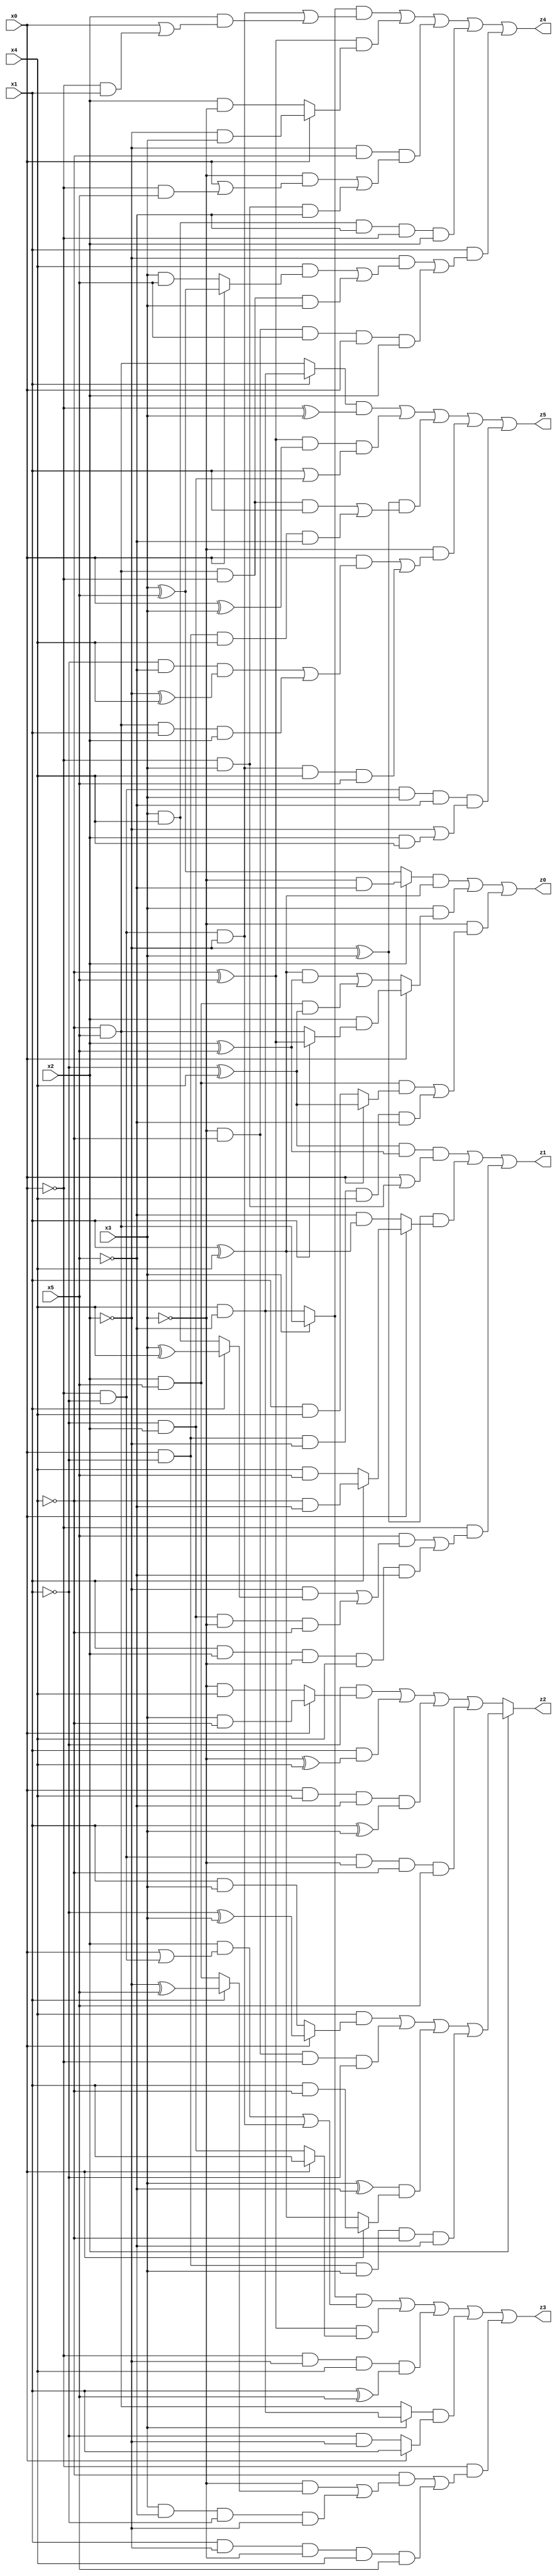
// Benchmark "X_29" written by ABC on Wed Jun 07 23:37:31 2023

module X_29 ( 
    x0, x1, x2, x3, x4, x5,
    z0, z1, z2, z3, z4, z5  );
  input  x0, x1, x2, x3, x4, x5;
  output z0, z1, z2, z3, z4, z5;
  assign z0 = ((x2 ? (~x3 & ~x5) : (x3 ^ x5)) & (x1 ^ x4)) | (x3 & (x0 ? (x2 & (x1 ? (~x4 ^ x5) : (~x4 & x5))) : (((x1 ^ x4) & (x2 ^ x5)) | (x2 & x5 & (~x1 ^ x4))))) | (~x3 & ((x2 & x5 & (x0 ? (~x1 ^ x4) : (x1 & x4))) | (x0 & ~x1 & ~x2 & x4 & ~x5)));
  assign z1 = ((~x1 ^ x4) & (x2 ^ x5) & (x0 | (~x0 & x3))) | ((~x2 ^ x3) & (x0 ? (x1 ? (~x4 & ~x5) : (x4 & x5)) : (~x5 & (x1 ^ x4)))) | (~x0 & ((x5 & ((~x2 & (x1 ? (x3 ^ x4) : (x3 & x4))) | (~x1 & x2 & ~x3 & ~x4))) | (x1 & x2 & ~x3 & x4 & ~x5)));
  assign z2 = x2 ? ((x4 & (x0 ? (~x1 ^ x3) : (x1 & x3))) | (~x3 & ~x4 & ~x0 & ~x1) | ((x3 ^ ~x5) & (x0 ? (x1 & ~x4) : (x1 ^ x4))) | (x0 & ~x1 & x3 & ~x4 & ~x5)) : ((~x1 & (x0 ? (x3 & ~x4) : (~x3 & x4))) | (x1 & (~x3 ^ x4)) | (x0 & x4 & ~x5 & (x1 ^ x3)) | (~x0 & ~x1 & ~x3 & ~x4 & x5));
  assign z3 = ((x3 ? (~x4 & x5) : (x4 & ~x5)) & ((x2 & (x0 | (~x0 & ~x1))) | (~x0 & ~x1 & ~x2))) | ((~x4 ^ x5) & (x0 ? x1 : (~x1 & x2))) | (~x0 & ~x2 & x4 & (x1 ^ x5)) | ((x3 ? (x4 & ~x5) : (~x4 & x5)) & (x0 ? x1 : (~x1 & ~x2))) | (~x0 & ((~x4 & ((~x3 & (x1 ? (~x2 ^ x5) : (x2 & x5))) | (x3 & ~x5 & ~x1 & ~x2))) | (x1 & ~x2 & ~x3 & x4 & x5)));
  assign z4 = ((x3 ? (~x4 & x5) : (x4 & ~x5)) & ((~x0 & ~x1 & ~x2) | (x2 & (x0 | (~x0 & x1))))) | ((~x4 ^ x5) & (x0 ? (~x2 & x3) : (x2 & ~x3))) | (~x2 & ~x4 & ((~x3 & (x0 | (~x0 & x5))) | (~x0 & x3 & ~x5))) | (x3 & x4 & ~x5 & ~x0 & x2) | (x1 & ((~x2 & ((x4 & (x0 ? (x3 ^ x5) : (x3 & x5))) | (~x4 & x5 & ~x0 & x3))) | (~x3 & ~x4 & x5 & x0 & x2)));
  assign z5 = ((x1 ? (x4 & ~x5) : (~x4 & x5)) & (~x0 ^ x3)) | ((~x4 ^ x5) & (x0 ^ x3) & (x1 | (~x1 & x2))) | ((~x2 ^ x3) & ((~x4 & x5 & ~x0 & x1) | (x0 & ~x1 & x4 & ~x5))) | (~x3 & ((x0 & ((~x1 & ~x5 & (~x2 ^ x4)) | (~x4 & x5 & x1 & x2))) | (~x0 & ~x1 & ~x2 & x4 & x5))) | (~x0 & ~x1 & x3 & ~x5 & (~x2 | (x2 & x4)));
endmodule